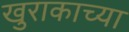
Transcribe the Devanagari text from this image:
खुराकाच्या